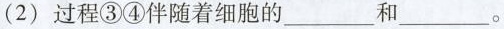
(2)过程③④伴随着细胞的___和___。